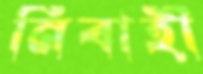
র্নিবাহী